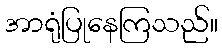
အာရုံပြုနေကြသည်။